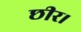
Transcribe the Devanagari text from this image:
छीर।